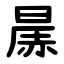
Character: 㬄